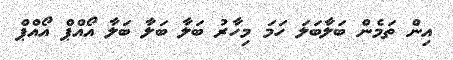
އިން ތަމެން ބަލާބަލަ ހަމަ މިހާރު ބަލާ ބަލާ ބަލާ އޯއްޕް އޯއްޕް